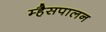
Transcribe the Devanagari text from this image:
म्हैसपालन